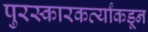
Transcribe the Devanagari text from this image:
पुरस्कारकर्त्यांकडून